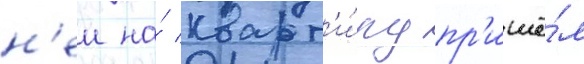
н'еи на́ кварт'и́ру пр'ишё́л